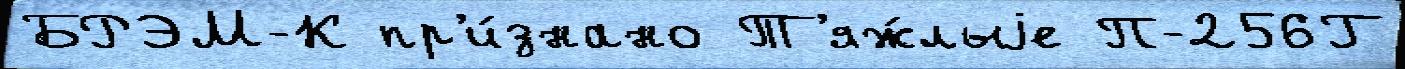
БРЭМ-К пр'и́знано Т'яж́лыjе П-256Г